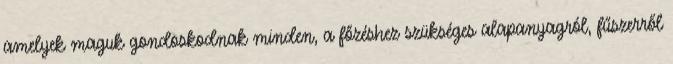
amelyek maguk gondoskodnak minden, a főzéshez szükséges alapanyagról, fűszerről